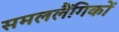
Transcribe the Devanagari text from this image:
समललैंगिकों